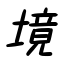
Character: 境